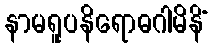
နာမရူပနိရောဓဂါမိနိံ